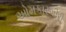
ઓમકારગીરી